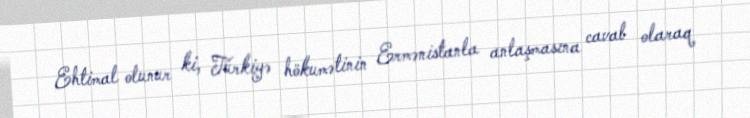
Ehtimal olunur ki, Türkiyə hökumətinin Ermənistanla anlaşmasına cavab olaraq